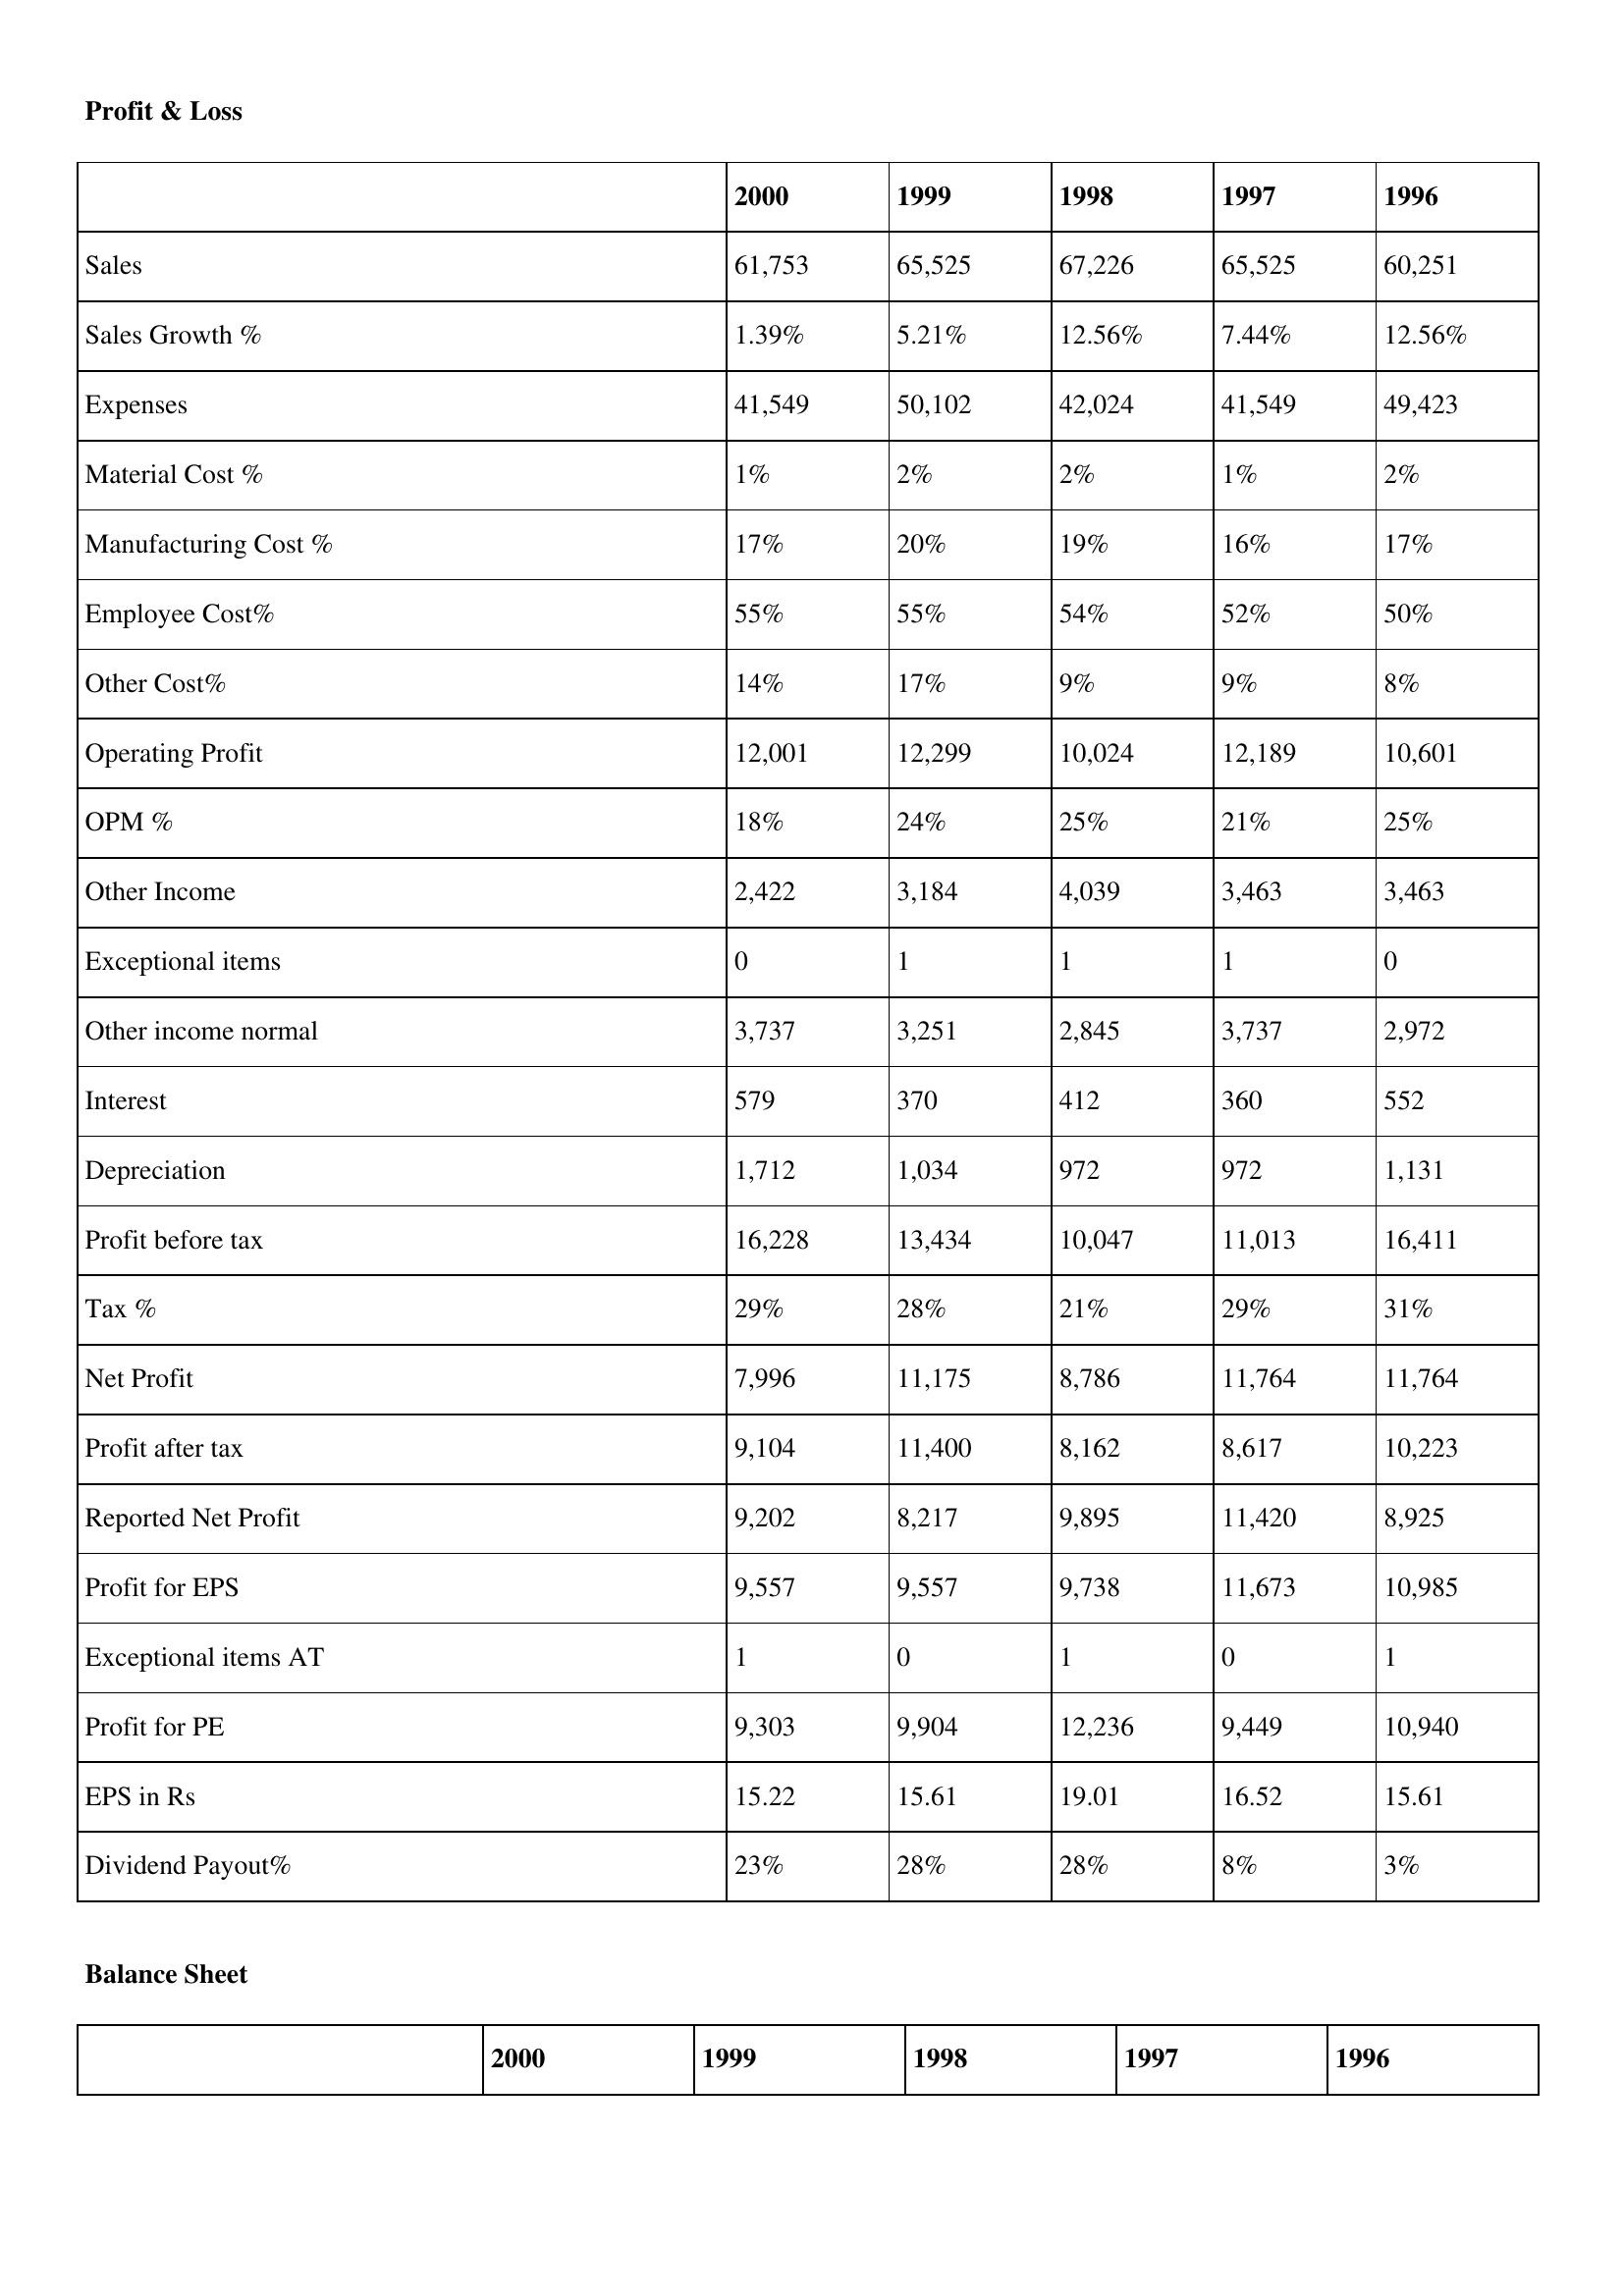
gt_parse: 2000: Profit & Loss: Sales: 61,753
Sales Growth %: 1.39%
Expenses: 41,549
Material Cost %: 1%
Manufacturing Cost %: 17%
Employee Cost%: 55%
Other Cost%: 14%
Operating Profit: 12,001
OPM %: 18%
Other Income: 2,422
Exceptional items: 0
Other income normal: 3,737
Interest: 579
Depreciation: 1,712
Profit before tax: 16,228
Tax %: 29%
Net Profit: 7,996
Profit after tax: 9,104
Reported Net Profit: 9,202
Profit for EPS: 9,557
Exceptional items AT: 1
Profit for PE: 9,303
EPS in Rs: 15.22
Dividend Payout%: 23%
1999: Profit & Loss: Sales: 65,525
Sales Growth %: 5.21%
Expenses: 50,102
Material Cost %: 2%
Manufacturing Cost %: 20%
Employee Cost%: 55%
Other Cost%: 17%
Operating Profit: 12,299
OPM %: 24%
Other Income: 3,184
Exceptional items: 1
Other income normal: 3,251
Interest: 370
Depreciation: 1,034
Profit before tax: 13,434
Tax %: 28%
Net Profit: 11,175
Profit after tax: 11,400
Reported Net Profit: 8,217
Profit for EPS: 9,557
Exceptional items AT: 0
Profit for PE: 9,904
EPS in Rs: 15.61
Dividend Payout%: 28%
1998: Profit & Loss: Sales: 67,226
Sales Growth %: 12.56%
Expenses: 42,024
Material Cost %: 2%
Manufacturing Cost %: 19%
Employee Cost%: 54%
Other Cost%: 9%
Operating Profit: 10,024
OPM %: 25%
Other Income: 4,039
Exceptional items: 1
Other income normal: 2,845
Interest: 412
Depreciation: 972
Profit before tax: 10,047
Tax %: 21%
Net Profit: 8,786
Profit after tax: 8,162
Reported Net Profit: 9,895
Profit for EPS: 9,738
Exceptional items AT: 1
Profit for PE: 12,236
EPS in Rs: 19.01
Dividend Payout%: 28%
1997: Profit & Loss: Sales: 65,525
Sales Growth %: 7.44%
Expenses: 41,549
Material Cost %: 1%
Manufacturing Cost %: 16%
Employee Cost%: 52%
Other Cost%: 9%
Operating Profit: 12,189
OPM %: 21%
Other Income: 3,463
Exceptional items: 1
Other income normal: 3,737
Interest: 360
Depreciation: 972
Profit before tax: 11,013
Tax %: 29%
Net Profit: 11,764
Profit after tax: 8,617
Reported Net Profit: 11,420
Profit for EPS: 11,673
Exceptional items AT: 0
Profit for PE: 9,449
EPS in Rs: 16.52
Dividend Payout%: 8%
1996: Profit & Loss: Sales: 60,251
Sales Growth %: 12.56%
Expenses: 49,423
Material Cost %: 2%
Manufacturing Cost %: 17%
Employee Cost%: 50%
Other Cost%: 8%
Operating Profit: 10,601
OPM %: 25%
Other Income: 3,463
Exceptional items: 0
Other income normal: 2,972
Interest: 552
Depreciation: 1,131
Profit before tax: 16,411
Tax %: 31%
Net Profit: 11,764
Profit after tax: 10,223
Reported Net Profit: 8,925
Profit for EPS: 10,985
Exceptional items AT: 1
Profit for PE: 10,940
EPS in Rs: 15.61
Dividend Payout%: 3%